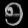
Digit: ၅